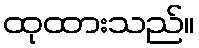
ထုထားသည်။